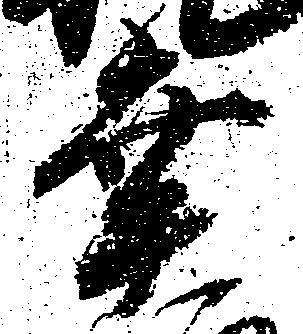
幸